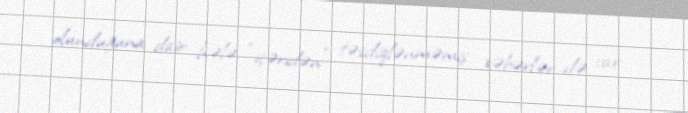
olunduğuna dair hələ “içəridən” təsdiqlənməmiş xəbərlər də var.